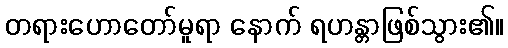
တရားဟောတော်မူရာ နောက် ရဟန္တာဖြစ်သွား၏။